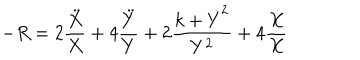
LaTeX: - R = 2 \frac { \ddot { X } } X + 4 \frac { \ddot { Y } } Y + 2 \frac { k + \dot { Y } ^ { 2 } } { Y ^ { 2 } } + 4 \frac { \dot { X } } X